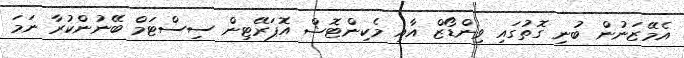
އެމޭޒަނުން ބުނި ގޮތުގައި ވިންޑޯޒް އާއި މެކިންޓޮޝް އޮޕަރޭޓިން ސިސްޓަމް ބޭނުންކުރާ ނަމަ